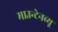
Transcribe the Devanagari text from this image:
माउन्टेनव्यू